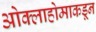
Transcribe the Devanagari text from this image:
ओक्लाहोमाकडून